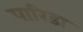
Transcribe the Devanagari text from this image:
पारिडा